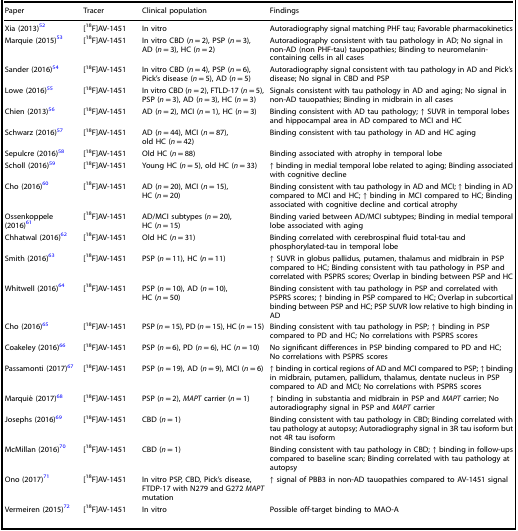
<table><thead><tr><td><b>Paper</b></td><td><b>Tracer</b></td><td><b>Clinical population</b></td><td><b>Findings</b></td></tr></thead><tbody><tr><td>Xia (2013)<sup>52</sup></td><td>[<sup>18</sup>F]AV-1451</td><td>In vitro</td><td>Autoradiography signal matching PHF tau; Favorable pharmacokinetics</td></tr><tr><td>Marquie (2015)<sup>53</sup></td><td>[<sup>18</sup>F]AV-1451</td><td>In vitro CBD (<i>n</i> = 2), PSP (<i>n</i> = 3), AD (<i>n</i> = 3), HC (<i>n</i> = 2)</td><td>Autoradiography consistent with tau pathology in AD; No signal in non-AD (non PHF-tau) taupopathies; Binding to neuromelanin-containing cells in all cases</td></tr><tr><td>Sander (2016)<sup>54</sup></td><td>[<sup>18</sup>F]AV-1451</td><td>In vitro CBD (<i>n</i> = 4), PSP (<i>n</i> = 6), Pick’s disease (<i>n</i> = 5), AD (<i>n</i> = 5)</td><td>Autoradiography signal consistent with tau pathology in AD and Pick’s disease; No signal in CBD and PSP</td></tr><tr><td>Lowe (2016)<sup>55</sup></td><td>[<sup>18</sup>F]AV-1451</td><td>In vitro CBD (<i>n</i> = 2), FTLD-17 (<i>n</i> = 5), PSP (<i>n</i> = 3), AD (<i>n</i> = 3), HC (<i>n</i> = 3)</td><td>Signals consistent with tau pathology in AD and aging; No signal in non-AD tauopathies; Binding in midbrain in all cases</td></tr><tr><td>Chien (2013)<sup>56</sup></td><td>[<sup>18</sup>F]AV-1451</td><td>AD (<i>n</i> = 2), MCI (<i>n</i> = 1), HC (<i>n</i> = 3)</td><td>Binding consistent with AD tau pathology; ↑ SUVR in temporal lobes and hippocampal area in AD compared to MCI and HC</td></tr><tr><td>Schwarz (2016)<sup>57</sup></td><td>[<sup>18</sup>F]AV-1451</td><td>AD (<i>n</i> = 44), MCI (<i>n</i> = 87), old HC (<i>n</i> = 42)</td><td>Binding consistent with tau pathology in AD and HC aging</td></tr><tr><td>Sepulcre (2016)<sup>58</sup></td><td>[<sup>18</sup>F]AV-1451</td><td>Old HC (<i>n</i> = 88)</td><td>Binding associated with atrophy in temporal lobe</td></tr><tr><td>Scholl (2016)<sup>59</sup></td><td>[<sup>18</sup>F]AV-1451</td><td>Young HC (<i>n</i> = 5), old HC (<i>n</i> = 33)</td><td>↑ binding in medial temporal lobe related to aging; Binding associated with cognitive decline</td></tr><tr><td>Cho (2016)<sup>60</sup></td><td>[<sup>18</sup>F]AV-1451</td><td>AD (<i>n</i> = 20), MCI (<i>n</i> = 15), HC (<i>n</i> = 20)</td><td>Binding consistent with tau pathology in AD and MCI; ↑ binding in AD compared to MCI and HC; ↑ binding in MCI compared to HC; Binding associated with cognitive decline and cortical atrophy</td></tr><tr><td>Ossenkoppele (2016)<sup>61</sup></td><td>[<sup>18</sup>F]AV-1451</td><td>AD/MCI subtypes (<i>n</i> = 20), HC (<i>n</i> = 15)</td><td>Binding varied between AD/MCI subtypes; Binding in medial temporal lobe associated with aging</td></tr><tr><td>Chhatwal (2016)<sup>62</sup></td><td>[<sup>18</sup>F]AV-1451</td><td>Old HC (<i>n</i> = 31)</td><td>Binding correlated with cerebrospinal fluid total-tau and phosphorylated-tau in temporal lobe</td></tr><tr><td>Smith (2016)<sup>63</sup></td><td>[<sup>18</sup>F]AV-1451</td><td>PSP (<i>n</i> = 11), HC (<i>n</i> = 11)</td><td>↑ SUVR in globus pallidus, putamen, thalamus and midbrain in PSP compared to HC; Binding consistent with tau pathology in PSP and correlated with PSPRS scores; Overlap in binding between PSP and HC</td></tr><tr><td>Whitwell (2016)<sup>64</sup></td><td>[<sup>18</sup>F]AV-1451</td><td>PSP (<i>n</i> = 10), AD (<i>n</i> = 10), HC (<i>n</i> = 50)</td><td>Binding consistent with tau pathology in PSP and correlated with PSPRS scores; ↑ binding in PSP compared to HC; Overlap in subcortical binding between PSP and HC; PSP SUVR low relative to high binding in AD</td></tr><tr><td>Cho (2016)<sup>65</sup></td><td>[<sup>18</sup>F]AV-1451</td><td>PSP (<i>n</i> = 15), PD (<i>n</i> = 15), HC (<i>n</i> = 15)</td><td>Binding consistent with tau pathology in PSP; ↑ binding in PSP compared to PD and HC; No correlations with PSPRS scores</td></tr><tr><td>Coakeley (2016)<sup>66</sup></td><td>[<sup>18</sup>F]AV-1451</td><td>PSP (<i>n</i> = 6), PD (<i>n</i> = 6), HC (<i>n</i> = 10)</td><td>No significant differences in PSP binding compared to PD and HC; No correlations with PSPRS scores</td></tr><tr><td>Passamonti (2017)<sup>67</sup></td><td>[<sup>18</sup>F]AV-1451</td><td>PSP (<i>n</i> = 19), AD (<i>n</i> = 9), MCI (<i>n</i> = 6)</td><td>↑ binding in cortical regions of AD and MCI compared to PSP; ↑ binding in midbrain, putamen, pallidum, thalamus, dentate nucleus in PSP compared to AD and MCI; No correlations with PSPRS scores</td></tr><tr><td>Marquié (2017)<sup>68</sup></td><td>[<sup>18</sup>F]AV-1451</td><td>PSP (<i>n</i> = 2), <i>MAPT</i> carrier (<i>n</i> = 1)</td><td>↑ binding in substantia and midbrain in PSP and <i>MAPT</i> carrier; No autoradiography signal in PSP and <i>MAPT</i> carrier</td></tr><tr><td>Josephs (2016)<sup>69</sup></td><td>[<sup>18</sup>F]AV-1451</td><td>CBD (<i>n</i> = 1)</td><td>Binding consistent with tau pathology in CBD; Binding correlated with tau pathology at autopsy; Autoradiography signal in 3R tau isoform but not 4R tau isoform</td></tr><tr><td>McMillan (2016)<sup>70</sup></td><td>[<sup>18</sup>F]AV-1451</td><td>CBD (<i>n</i> = 1)</td><td>Binding consistent with tau pathology in CBD; ↑ binding in follow-ups compared to baseline scan; Binding correlated with tau pathology at autopsy</td></tr><tr><td>Ono (2017)<sup>71</sup></td><td>[<sup>18</sup>F]AV-1451</td><td>In vitro PSP, CBD, Pick’s disease, FTDP-17 with N279 and G272 <i>MAPT</i> mutation</td><td>↑ signal of PBB3 in non-AD tauopathies compared to AV-1451 signal</td></tr><tr><td>Vermeiren (2015)<sup>72</sup></td><td>[<sup>18</sup>F]AV-1451</td><td>In vitro</td><td>Possible off-target binding to MAO-A</td></tr></tbody></table>